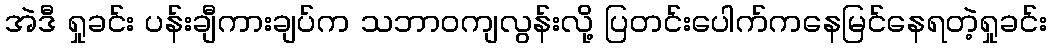
အဲဒီ ရှုခင်း ပန်းချီကားချပ်က သဘာဝကျလွန်းလို့ ပြတင်းပေါက်ကနေမြင်နေရတဲ့ရှုခင်း